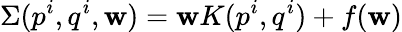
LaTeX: \Sigma(p^{i},q^{i},\mathbf{w})=\mathbf{w}K(p^{i},q^{i})+f(\mathbf{w})